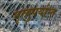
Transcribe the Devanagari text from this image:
मृत्युपर्यान्त